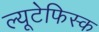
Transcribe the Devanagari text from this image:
ल्यूटेफिस्क